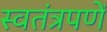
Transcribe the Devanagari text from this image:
स्वतंत्रपणें